Vaccine operations Central Provinces 1868-1885 - 1868-1885
Year: 1868
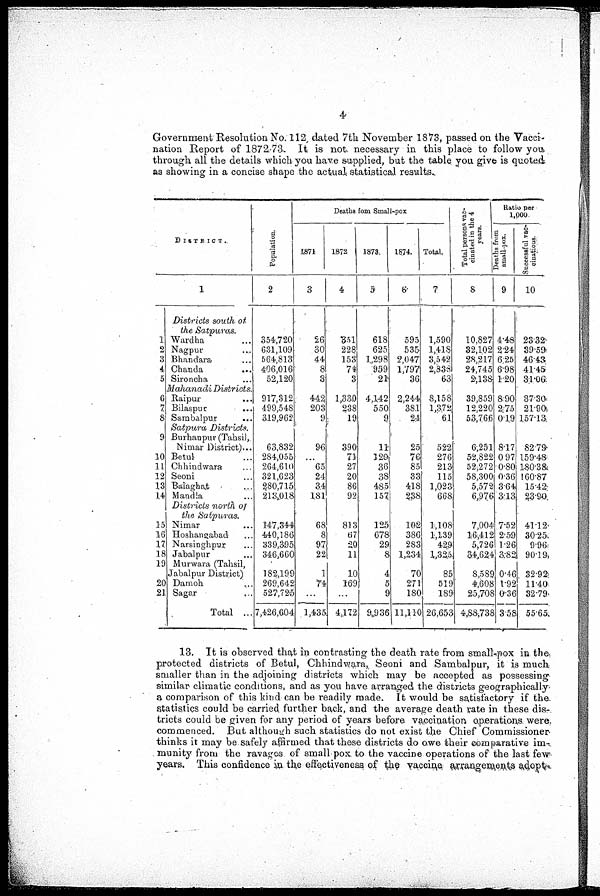
4
Government Resolution No. 112, dated 7th November 1873, passed on the Vacci-
nation Report of 1872-73. It is not necessary in this place to follow you
through all the details which you have supplied, but the table you give is quoted
as showing in a concise shape the actual statistical results.
DISTRICT.
1
1
2
3
4
5
6
7
8
9
10
11
12
13
14
15
16
17
18
19
20
21
Districts south of
the Satpuras.
Wardha ...
Nagpur ...
Bhandara ...
Chanda
...
Sironcha ...
Mahanadi Districts.
Raipur ...
Bilaspur ...
Sarabalpur ...
Satpura
Districts.
Burhanpur Tahsil,
Nimar District...
Betul ...
Chhindwara ...
Seoni ...
Balaghat ...
Mandla ...
Districts north of
the Satpuras.
Nimar
...
Hoshangabad ...
Narsinghpur ...
Jabalpur ...
Murwara Tahsil,
Jabalpur District.
Damoh ...
Sagar ...
Total ...
Population.
2
354,720
631,109
564,813
406,016
52,120
917,312
499,548
319,962
63,832
284,055
264,610
321,623
280,715
213,018
147,344
440,186
339,395
346,660
182,199
269,642
527,725
7,426,604
Deaths fom Small-pox
1871
3
26
30
44
8
3
442
203
9
96
...
65
24
34
181
68
8
97
22
1
74
...
1,435
1872
4
351
228
153
74
3
1,330
238
19
390
71
27
20
86
92
813
67
20
11
10
169
...
4,172
1873.
5
618
625
1,298
959
21
4,142
550
9
11
129
36
38
485
157
125
678
29
8
4
5
9
9,936
1874.
6
595
535
2,047
1,797
36
2,244
381
24
25
76
85
33
418
238
102
386
283
1,234
70
271
180
11,110
Total.
7
1,590
1,418
3,542
2,838
63
8,158
1,372
61
522
276
213
115
1,023
668
1,108
1,139
429
1,325
85
519
189
26,652
Total persons vac-
cinated in the 4
years.
8
10,827
32,102
28,217
24,745
2,138
39,859
12,220
53,766
6,251
52,822
52,272
58,300
5,572
6,976
7,004
16,412
5,726
34,624
8,589
4,608
25,708
4,88,738
Ratio per
1,000
Deaths from
small -pox.
9
4.48
2.24
6.25
6.98
1.20
8.90
2.75
0.19
8.17
0. 97
0.80
0.36
3.64
3.13
7.52
2.59
1.26
3.82
0.46
1.92
0.36
3.58
Successful vac¬
cinations.
10
23.32
39.59
46.43
41.45
31.06
37.30
21.90
157.13
82.79
159.48
180.38
160.87
15.42
23.90
41.12
30.25
9.96
90.19
32.92
11.40
32.79
55.65
13. It is observed that in contrasting the death rate from small-pox in the,
protected districts of Betul, Chhindwara, Seoni and Sambalpur, it is much
smaller than in the adjoining districts which may be accepted as possessing
similar climatic conditions, and as you have arranged the districts geographically
a comparison of this kind can be readily made. It would be satisfactory if the.
statistics could be carried, further back, and the average death rate in these dis-
tricts could be given for any period of years before vaccination operations were
commenced. But although such statistics do not exist the Chief Commissioner
thinks it may be safely affirmed that these districts do owe their comparative im¬
munity from the ravages of small pox to the vaccine operations of the last few
years. This confidence in the effectiveness of the vaccine arrangements adopt